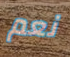
نعم